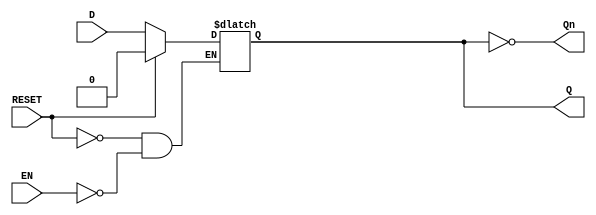
module latch_register (
    input wire D,        // Data Input
    input wire EN,       // Enable Signal
    input wire RESET,    // Reset Signal (optional)
    output reg Q,        // Data Output
    output wire Qn       // Complement Output
);

// Invert the output for the complement
assign Qn = ~Q;

// Latch behavior
always @(*) begin
    if (RESET) begin
        Q <= 1'b0; // Reset the latch
    end else if (EN) begin
        Q <= D;    // Capture the input data when EN is high
    end
    // If EN is low, Q retains its previous state
end

endmodule